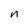
Character: n